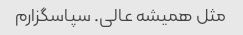
مثل همیشه عالی. سپاسگزارم